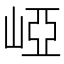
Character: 𡹄